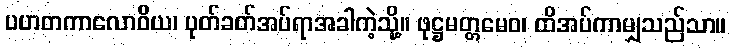
ပဟတကာလောဝိယ၊ ပုတ်ခတ်အပ်ရာအခါကဲ့သို့။ ဖုဋ္ဌမတ္တမေဝ၊ ထိအပ်ကာမျှသည်သာ။